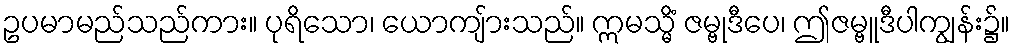
ဥပမာမည်သည်ကား။ ပုရိသော၊ ယောကျ်ားသည်။ ဣမသ္မိံ ဇမ္ဗုဒီပေ၊ ဤဇမ္ဗူဒီပါကျွန်း၌။